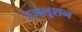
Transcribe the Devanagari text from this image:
रेजलूशन